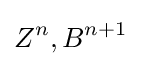
Z^{n},B^{n+1}